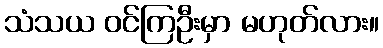
သံသယ ဝင်ကြဦးမှာ မဟုတ်လား။